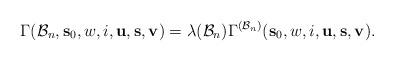
LaTeX: \begin{align*}\Gamma(\mathcal{B}_n,\mathbf{s}_0,w,i,\mathbf{u},\mathbf{s},\mathbf{v})=\lambda(\mathcal{B}_n)\Gamma^{(\mathcal{B}_n)}(\mathbf{s}_0,w,i,\mathbf{u},\mathbf{s},\mathbf{v}).\end{align*}